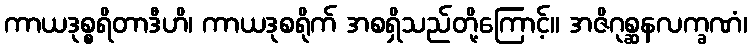
ကာယဒုစ္စရိတာဒီဟိ၊ ကာယဒုစရိုက် အစရှိသည်တို့ကြောင့်။ အဇိဂုစ္ဆနလက္ခဏံ၊